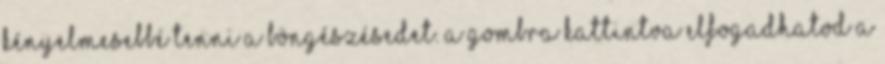
kényelmesebbé tenni a böngészésedet. A gombra kattintva elfogadhatod a